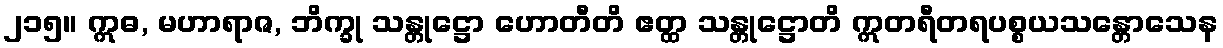
၂၁၅။ ဣဓ, မဟာရာဇ, ဘိက္ခု သန္တုဋ္ဌော ဟောတီတိ ဧတ္ထ သန္တုဋ္ဌောတိ ဣတရီတရပစ္စယသန္တောသေန